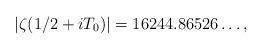
LaTeX: \begin{align*}|\zeta(1/2+iT_0)| = 16244.86526\ldots,\end{align*}